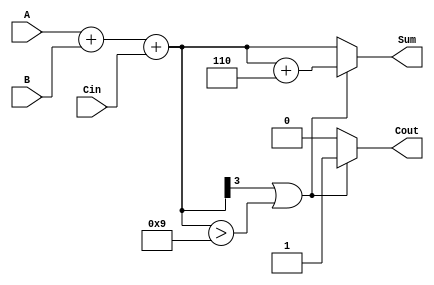
module BCD_Adder (
    input  [3:0] A,      // First BCD digit
    input  [3:0] B,      // Second BCD digit
    input        Cin,     // Carry-in
    output reg [3:0] Sum, // BCD sum output
    output reg Cout       // Carry-out
);

    wire [4:0] R; // 5-bit result to hold the sum
    wire correction; // Flag to indicate if correction is needed

    // Perform binary addition
    assign R = A + B + Cin;

    // Determine if correction is needed
    assign correction = (R[3] == 1) || (R[3:0] > 9);

    always @(*) begin
        if (correction) begin
            // Apply correction by adding 6 (0110)
            Sum = R + 5'b00110;
            Cout = 1; // Set carry-out if correction is applied
        end else begin
            Sum = R[3:0]; // No correction needed
            Cout = 0; // No carry-out
        end
    end

endmodule